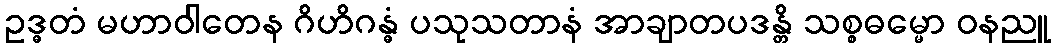
ဥဒ္ဓတံ မဟာဝါတေန ဂိဟိဂန္ဓံ ပသုသတာနံ အာချာတပဒန္တိ သစ္စဓမ္မော ဝနညူ